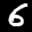
Label: 6